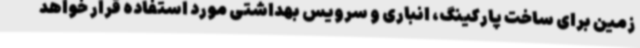
زمین برای ساخت پارکینگ، انباری و سرویس بهداشتی مورد استفاده قرار خواهد